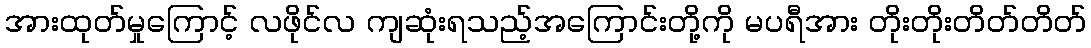
အားထုတ်မှုကြောင့် လဖိုင်လ ကျဆုံးရသည့်အကြောင်းတို့ကို မပရီအား တိုးတိုးတိတ်တိတ်